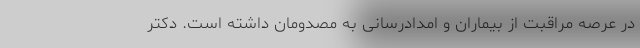
در عرصه مراقبت از بیماران و امدادرسانی به مصدومان داشته است. دکتر